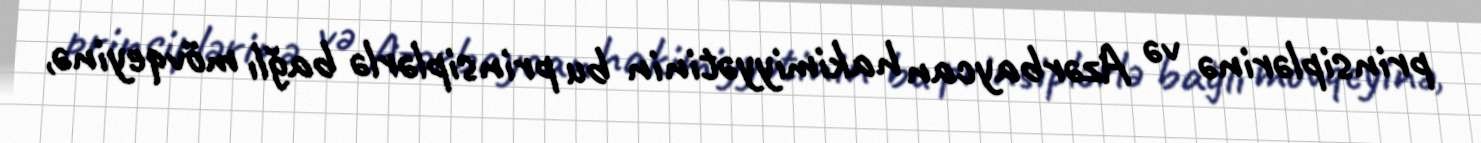
prinsiplərinə və Azərbaycan hakimiyyətinin bu prinsiplərlə bağlı mövqeyinə,